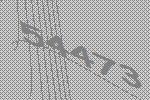
54473